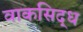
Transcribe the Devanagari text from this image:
वाकसिद्ध